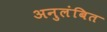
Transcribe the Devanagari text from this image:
अनुलंबित